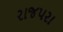
રાજપરા